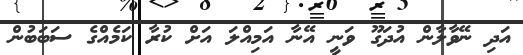
އަދި ނޭވާލާން އުދަގޫ ވަނީ އޭނާ އަމިއްލަ އަށް ކުރާ ކަމެއްގެ ސަބަބުން